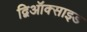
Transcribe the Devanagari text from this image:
द्विऑक्साइड